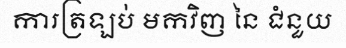
ការត្រឡប់ មកវិញ នៃ ជំនួយ